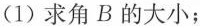
(1)求角B的大小；